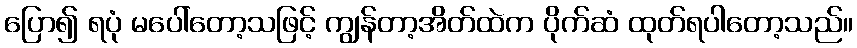
ပြော၍ ရပုံ မပေါ်တော့သဖြင့် ကျွန်တာ့အိတ်ထဲက ပိုက်ဆံ ထုတ်ရပါတော့သည်။